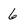
Character: 6